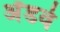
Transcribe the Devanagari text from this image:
अँडवे